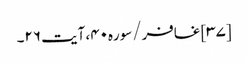
[۳۷] غافر/سوره۴۰، آیت ۲۶۔